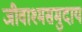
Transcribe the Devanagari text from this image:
जीवाश्मसमुदाय